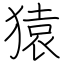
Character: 猿